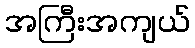
အကြီးအကျယ်